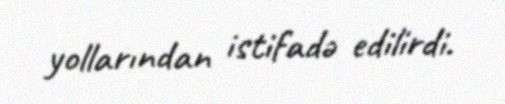
yollarından istifadə edilirdi.